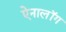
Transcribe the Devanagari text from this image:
ऐनालॉग